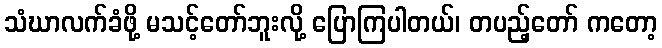
သံဃာလက်ခံဖို့ မသင့်တော်ဘူးလို့ ပြောကြပါတယ်၊ တပည့်တော် ကတော့